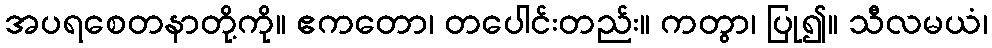
အပရစေတနာတို့ကို။ ဧကတော၊ တပေါင်းတည်း။ ကတွာ၊ ပြု၍။ သီလမယံ၊